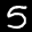
Label: 5